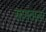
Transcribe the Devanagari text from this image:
सामंताला